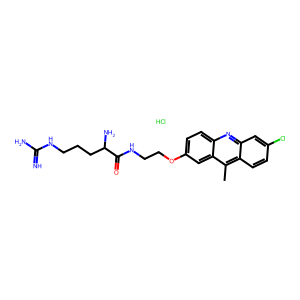
SMILES: Cc1c2ccc(Cl)cc2nc2ccc(OCCNC(=O)C(N)CCCNC(=N)N)cc12.Cl
Inhibits HIV replication: No